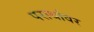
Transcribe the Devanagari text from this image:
परार्थावर